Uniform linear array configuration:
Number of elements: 48
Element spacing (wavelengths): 1
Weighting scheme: exponential
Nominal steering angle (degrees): -60
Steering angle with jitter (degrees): -61.831
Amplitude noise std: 0.05
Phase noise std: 0.05

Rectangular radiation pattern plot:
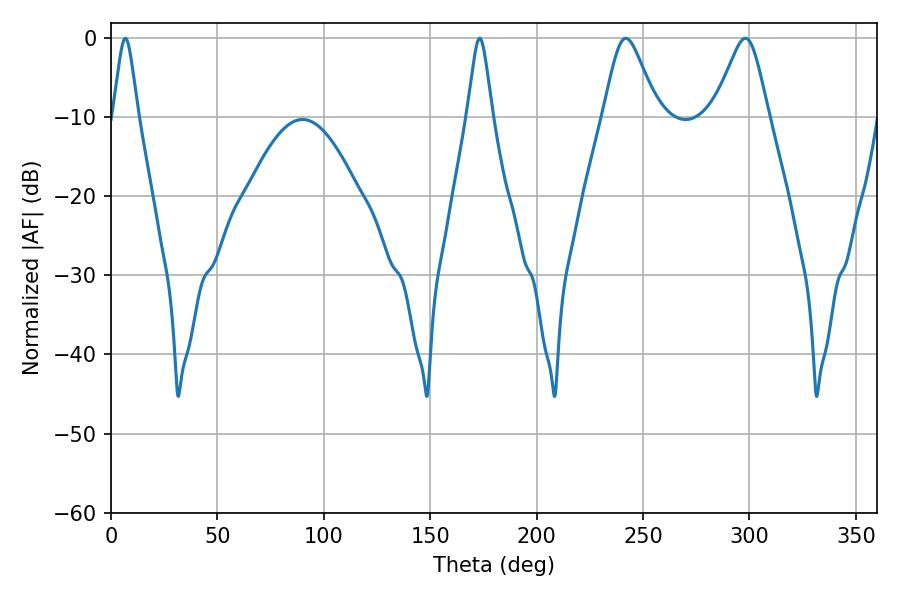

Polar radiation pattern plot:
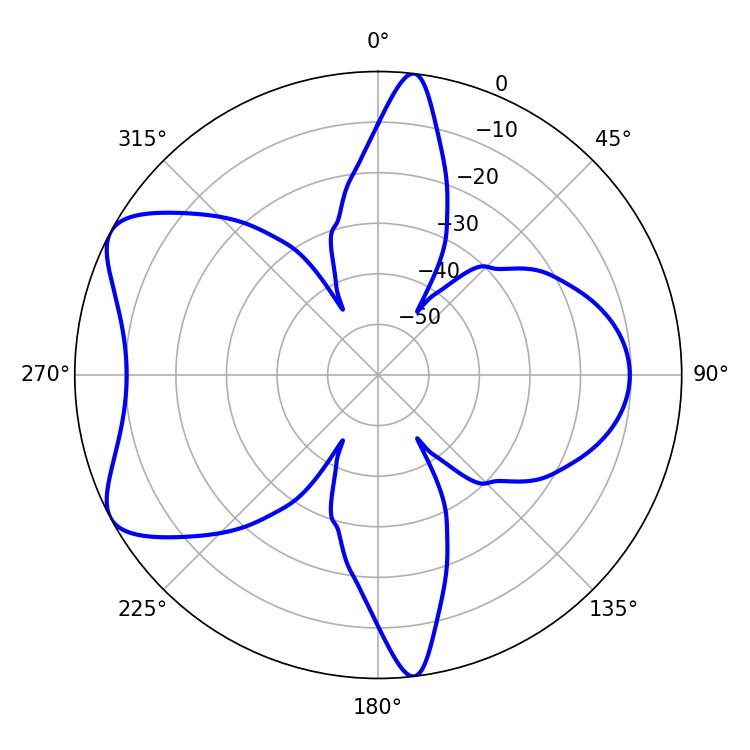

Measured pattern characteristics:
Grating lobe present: TRUE
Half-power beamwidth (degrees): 12.42
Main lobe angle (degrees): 241.92